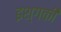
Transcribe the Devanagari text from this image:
इश्गकी